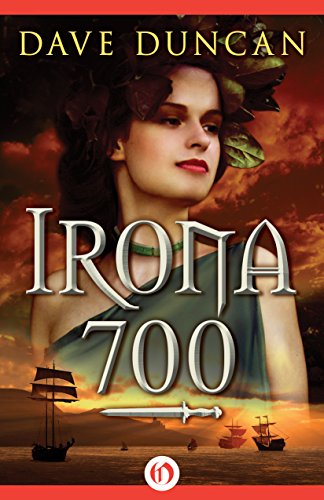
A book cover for Irona 700; Dave Duncan; Science Fiction & Fantasy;